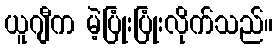
ယူဂျီက မဲ့ပြုံးပြုံးလိုက်သည်။